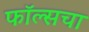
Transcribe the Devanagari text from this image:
फॉल्सचा